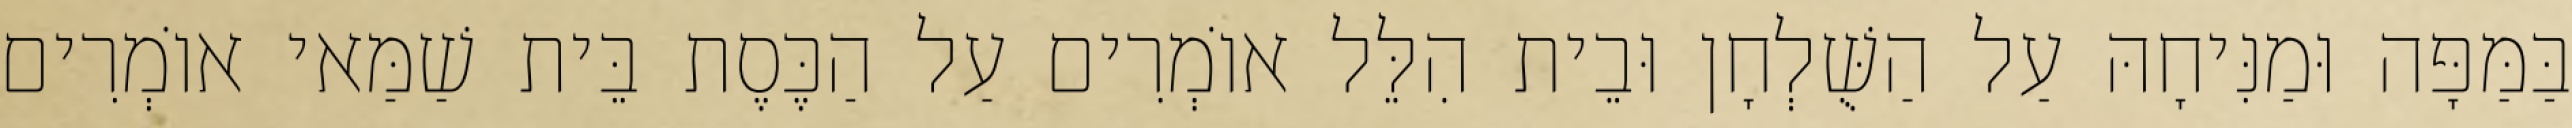
בַּמַּפָּה וּמַנִּיחָהּ עַל הַשֻּׁלְחָן וּבֵית הִלֵּל אוֹמְרִים עַל הַכֶּסֶת בֵּית שַׁמַּאי אוֹמְרִים